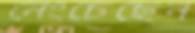
নেংচেছেন